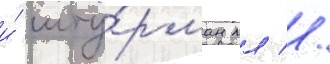
и́ шту́рман мл //